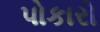
પોકારો